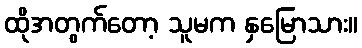
ထိုအတွက်တော့ သူမက နှမြောသား။